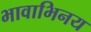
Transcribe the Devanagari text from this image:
भावाभिनय